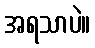
အရသာပဲ။